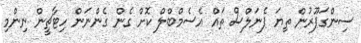
ސިންގަޕޫރުން ތިޔަ ޕެނަލްސް ތައް އެސެމްބްލް ކޮށް ގެން ގެންނަން ހިޓާޗީން ނިންމި